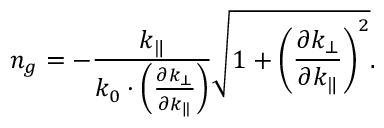
n _ { g } = - \frac { k _ { \| } } { k _ { 0 } \cdot \left( \frac { \partial k _ { \bot } } { \partial k _ { \| } } \right) } \sqrt { 1 + \left( \frac { \partial k _ { \bot } } { \partial k _ { \| } } \right) ^ { 2 } } .